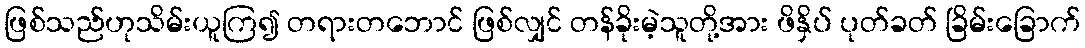
ဖြစ်သည်ဟုသိမ်းယူကြ၍ တရားတဘောင် ဖြစ်လျှင် တန်ခိုးမဲ့သူတို့အား ဖိနှိပ် ပုတ်ခတ် ခြိမ်းခြောက်